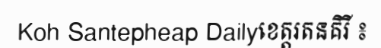
Koh Santepheap Dailyខេត្តរតនគិរី ៖